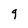
Character: 9